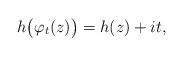
LaTeX: \begin{align*}h\big(\varphi_t(z)\big)=h(z)+it,\quad\end{align*}